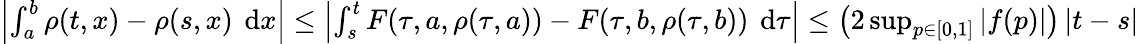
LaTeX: \begin{array}{r}{\left|\int_{a}^{b}\rho(t,x)-\rho(s,x)\textrm{\, d}x\right|\leq\left|\int_{s}^{t}F(\tau,a,\rho(\tau,a))-F(\tau,b,\rho(\tau,b))\textrm{\, d}\tau\right|\leq\left(2\operatorname*{sup}_{p\in[0,1]}|f(p)|\right)\left|t-s\right|}\end{array}